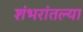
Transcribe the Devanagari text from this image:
शंभरांतल्या